Report on horse surra - Volume II, Part I
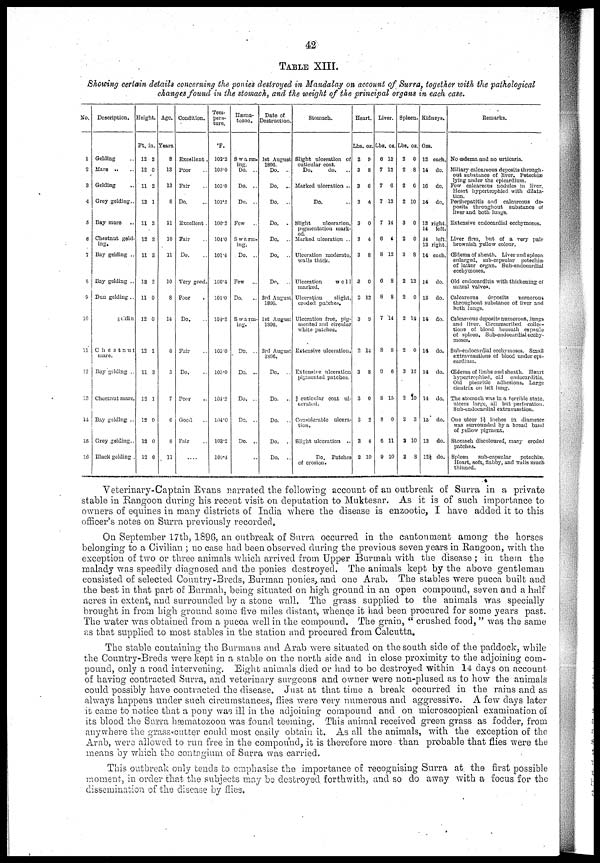
42
TABLE XIII.
Showing certain details concerning the ponies destroyed in Mandalay on account of Surra, together with the pathological
changes found in the stomach, and the weight of the principal organs in each case.
No.
1
2
3
4
5
6
7
8
9
10
11
12
13
14
15
16
Description.
Gelding
Mare ..
Gelding
Grey gelding..
Bay mare
Chestnut geld-
ing.
Bay gelding ..
Bay gelding ..
Dun gelding .,
geldin
Chestnut
mare.
Bay gelding ..
Chestnut mare.
Bay gelding ..
Grey gelding..
Black gelding .
Height.
Ft. in.
12
12
11
12
11
12
11
12
11
12
12
11
12
12
12
12
2
0
2
1
2
2
3
2
0
0
1
3
1
0
0
0
Age.
Years.
8
13
13
8
11
10
11
10
8
14
8
5
7
6
8
11
Condition.
Excellent.
Poor
Fair
Do.
Excellent .
Fair
Do.
Very good.
Poor
Do.
Fair
Do.
Poor
Good
Fair
.....
Tempernture.
°F.
102.2
103.0
105.0
101.2
100.2
104.0
101.4
100.4
101.0
104.2
105.0
105.0
104.2
104.0
103.2
100.4
Hæma-
tozoa.
8 warm¬
ing.
Do. ..
Do. ..
Do. ..
Few
..
Swarm-
ing.
Do. ..
Few
...
Do.
..
Swami-
ing.
Do. ..
Do. ..
Do. ..
Do. ..
Do. ..
..
Date of
Destruction.
1st August
1896.
Do.
..
Do.
..
Do.
..
Do.
.
Do.
..
Do.
..
Do.
..
3rd August
1896.
1st August
1890.
3rd August
1896.
Do.
..
Do.
..
Do.
..
Do.
..
Do.
..
Stomach.
Slight ulceration of
cuticular coat.
Do.
do.
Marked ulceration ..
Do.
Blight
ulceration,
pigmentation mark-
ed.
Marked ulceration ..
Ulceration moderate,
walla thick.
Ulceration
well
marked.
Ulceration
slight,
eroded patches.
Ulceration free, pig-
mented and circular
white patches.
Extensive ulceration.
Extensive ulceration
pigmented patches.
¾ cuticular coat ul-
cerated.
Considerable ulcera-
tion.
Blight ulceration
..
Do. Patches
of erosion.
Heart.
Lbs.
2
3
3
3
3
3
3
3
2
3
3
3
3
3
2
oz.
9
8
6
4
0
4
8
0
12
9
14
8
0
2
4
10
Liver.
Lbs.
6
7
7
7
7
6 4
8
6
8
7
8
9
8
8
6
9
oz.
12
12
6
12
14
12
8
8
14
8
6
15
0
11
10
Spleen.
Lbs.
2
2
2
2
3
2
3
2
2
2
2
3
2
2
3
2
oz.
0
8
6
10
0
0
8
12
0
14
0
12
10
3
10
8
Kidneys.
Ozs
12
14
16
14
13
14
14
13
14
14
13
14
14
14
14
15
13
12
each.
do.
do.
do.
right
left.
left.
right.
each.
do.
do.
do.
do.
do.
do.
do.
do.
do.
Remarks.
No œdema and no urticaria.
Miliary calcareous deposits through-
out substance of liver. Petechia}
lying under the epicardium.
Few calcareous nodules in liver.
Heart hypertrophied with dilata-
tion.
Perihepatitis and calcareous de¬
posits throughout substance of
liver and both lungs.
Extensive endocardial ecohymoses.
Liver firm, but of a very pale
brownish yellow colour.
Œdema of sheath. Liver and spleen
enlarged, sub-capsular petechiæ
of latter organ. Sub-endocardial
eccbymoses.
Old endocarditis with thickening of
mitral valves.
Calcareous
deposits
numerous
throughout substance of liver and
both lungs.
Calcareous deposits numerous, lungs
and liver. Circumscribed collec-
tions of blood beneath capsule
of spleen. Sub-endocardial ecohy-
moses.
Sub-endocardial ecohymoses. Small
extravasations of blood under epi-
cardium.
Œdema of limbs and sheath. Heart
hypertrophied, old
endocarditis.
Old pleuritic adhesions. Large
cicatrix on left lung.
The stomach was in a terrible state,
ulcers large, all but perforation.
Sub-endocardial extravasation.
One ulcer 1½ inches in diameter
was surrounded by a broad band
of yellow pigment.
Stomach discoloured, many eroded
patches.
Spleen
sub-capsular
petechiæ.
Heart, soft, flabby, and walls much
thinned.
Veterinary-Captain Evans narrated the following account of an outbreak of Surra in a private
stable in Rangoon during his recent visit on deputation to Muktesar. As it is of such importance to
owners of equines in many districts of India where the disease is enzootic, I have added it to this
officer's notes on Surra previously recorded.
On September 17th, 1896, an outbreak of Surra occurred in the cantonment among the horses
belonging to a Civilian ; no case had been observed during the previous seven years in Rangoon, with the
exception of two or three animals which arrived from Upper Burmah with the disease ; in them the
malady was speedily diagnosed and the ponies destroyed. The animals kept by the above gentleman
consisted of selected Country-Breds, Burman ponies, and one Arab. The stables were pucca built and
the best in that part of Burmah, being situated on high ground in an open compound, seven and a half
acres in extent, and surrounded by a stone wall. The grass supplied to the animals was specially
brought in from high ground some five miles distant, whence it had been procured for some years past.
The water was obtained from a pucca well in the compound. The grain, " crushed food, " was the same
as that supplied to most stables in the station and procured from Calcutta.
The stable containing the Burmans and Arab were situated on the south side of the paddock, while
the Country-Breds were kept in a stable on the north side and in close proximity to the adjoining com-
pound, only a road intervening Eight animals died or had to be destroyed within 14 days on account
of having contracted Surra, and veterinary surgeons and owner were non-plused as to how the animals
could possibly have contracted the disease. Just at that time a break occurred in the rains and as
always happens under such circumstances, flies were very numerous and aggressive. A few days later
it came to notice that a pony was ill in the adjoining compound and on microscopical examination of
its blood the Surra hæmatozoon was found teeming. This animal received green grass as fodder, from
anywhere the grass-cutter could most easily obtain it. As all the animals, with the exception of the
Arab, were allowed to run free in the compound, it is therefore more than probable that flies were the
means by which the contagium of Surra was carried.
This outbreak only tends to emphasise the importance of recognising Surra at, the first possible
moment, in order that the subjects may be destroyed forthwith, and so do away with a focus for the
dissemination of the disease by flies.